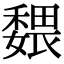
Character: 𡣉